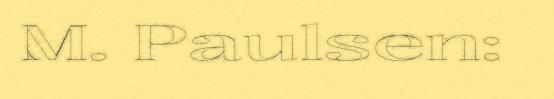
M. Paulsen: